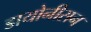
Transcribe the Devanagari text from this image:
डायोनीसन